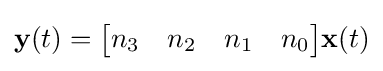
{\textbf {y}}(t)={\begin{bmatrix}n_{3}&n_{2}&n_{1}&n_{0}\end{bmatrix}}{\textbf {x}}(t)